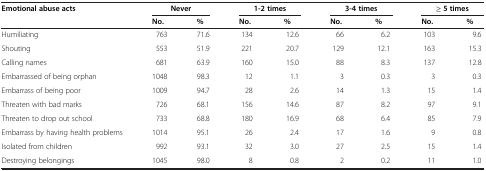
<table><thead><tr><td rowspan="2"><b>Emotional abuse acts</b></td><td colspan="2"><b>Never</b></td><td colspan="2"><b>1-2 times</b></td><td colspan="2"><b>3-4 times</b></td><td colspan="2"><b>≥ 5 times</b></td></tr><tr><td><b>No.</b></td><td><b>%</b></td><td><b>No.</b></td><td><b>%</b></td><td><b>No.</b></td><td><b>%</b></td><td><b>No.</b></td><td><b>%</b></td></tr></thead><tbody><tr><td>Humiliating</td><td>763</td><td>71.6</td><td>134</td><td>12.6</td><td>66</td><td>6.2</td><td>103</td><td>9.6</td></tr><tr><td>Shouting</td><td>553</td><td>51.9</td><td>221</td><td>20.7</td><td>129</td><td>12.1</td><td>163</td><td>15.3</td></tr><tr><td>Calling names</td><td>681</td><td>63.9</td><td>160</td><td>15.0</td><td>88</td><td>8.3</td><td>137</td><td>12.8</td></tr><tr><td>Embarrassed of being orphan</td><td>1048</td><td>98.3</td><td>12</td><td>1.1</td><td>3</td><td>0.3</td><td>3</td><td>0.3</td></tr><tr><td>Embarrass of being poor</td><td>1009</td><td>94.7</td><td>28</td><td>2.6</td><td>14</td><td>1.3</td><td>15</td><td>1.4</td></tr><tr><td>Threaten with bad marks</td><td>726</td><td>68.1</td><td>156</td><td>14.6</td><td>87</td><td>8.2</td><td>97</td><td>9.1</td></tr><tr><td>Threaten to drop out school</td><td>733</td><td>68.8</td><td>180</td><td>16.9</td><td>68</td><td>6.4</td><td>85</td><td>7.9</td></tr><tr><td>Embarrass by having health problems</td><td>1014</td><td>95.1</td><td>26</td><td>2.4</td><td>17</td><td>1.6</td><td>9</td><td>0.8</td></tr><tr><td>Isolated from children</td><td>992</td><td>93.1</td><td>32</td><td>3.0</td><td>27</td><td>2.5</td><td>15</td><td>1.4</td></tr><tr><td>Destroying belongings</td><td>1045</td><td>98.0</td><td>8</td><td>0.8</td><td>2</td><td>0.2</td><td>11</td><td>1.0</td></tr></tbody></table>